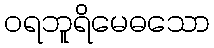
ဝရဘူရိမေဓသော